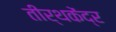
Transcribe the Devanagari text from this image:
तीर्थकेंद्र